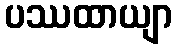
ပဿထာယျာ